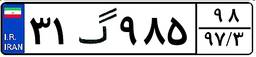
۳۱گ۹۸۵۹۸